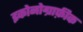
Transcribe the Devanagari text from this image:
इकोनोग्राफ़ीक